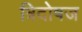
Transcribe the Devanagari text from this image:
त्रिदोषज